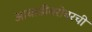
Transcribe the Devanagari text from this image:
आघाडीबरोबरची